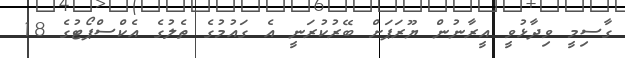
ގާސިމީ ވިދާޅުވީ އީރާނުން ޔޫރަޕަށް ބޭރުކުރަނީ އެ ގައުމުގެ ތެލުގެ އެކްސްޕޯޓުގެ 18